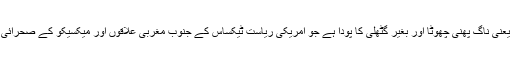
کیکٹس کی ایک قسم یعنی ناگ پھنی چھوٹا اور بغیر گٹھلی کا پودا ہے جو امریکی ریاست ٹیکساس کے جنوب مغربی علاقوں اور میکسیکو کے صحرائی علاقے میں ملتا ہے۔